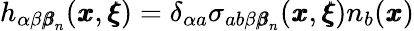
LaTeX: h_{\alpha\beta{\pmb\beta}_{n}}({\pmb x},{\pmb\xi})=\delta_{\alpha a}\sigma_{ab\beta{\pmb\beta}_{n}}({\pmb x},{\pmb\xi})n_{b}({\pmb x})